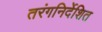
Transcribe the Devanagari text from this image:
तरंगनिर्देशित